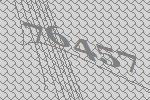
76457